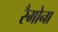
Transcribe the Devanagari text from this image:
रैमोना